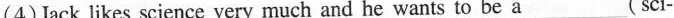
(4) Jack likes science very much and he wants to be a___(sci-